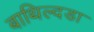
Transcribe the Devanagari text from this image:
बाथिल्दडा